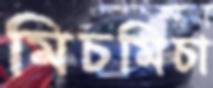
মিচমিচা